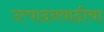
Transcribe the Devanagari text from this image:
उत्पादनवाढीचा